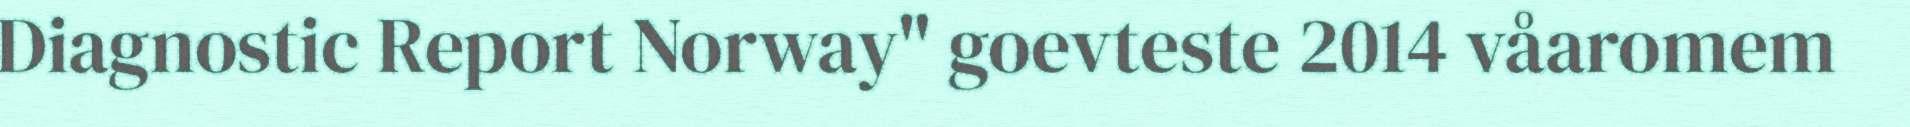
Diagnostic Report Norway" goevteste 2014 våaromem